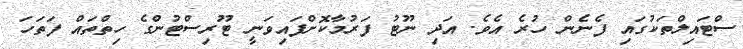
ސްޓައިލްތަކުގައި ފެނެން ހުރެ އެވެ. އަދި ނޫޓު ފަރުމާކޮށްފައިވަނީ ޓޫރިސްޓުންގެ ހިތްތައް ފަތަހަ